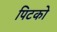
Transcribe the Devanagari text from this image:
पिटको